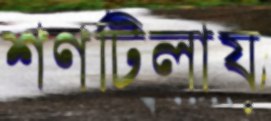
শণটিলায়